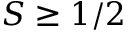
S \ge 1 / 2